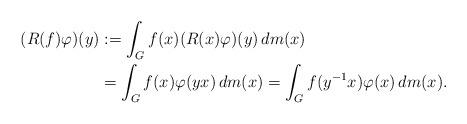
LaTeX: \begin{align*}(R(f)\varphi)(y) & :=\int_{G}f(x)(R(x)\varphi)(y)\,dm(x)\\& =\int_{G}f(x)\varphi(yx)\,dm(x)=\int_{G}f(y^{-1}x)\varphi(x)\,dm(x).\end{align*}